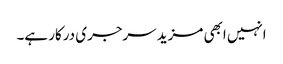
انہیں ابھی مزید سرجری درکار ہے۔